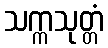
သက္ကသုတ္တံ